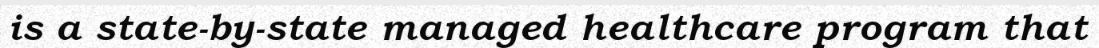
is a state-by-state managed healthcare program that